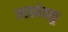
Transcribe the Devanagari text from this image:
आडबेक्कू